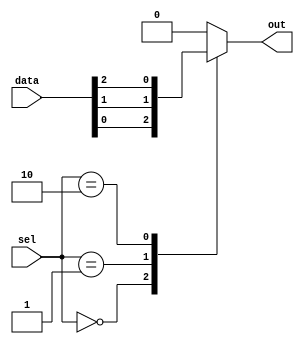
module mux_64to1 (
    input [63:0] data,
    input [5:0] sel,
    output reg out
);

always @(sel) begin
    case (sel)
        6'b000000: out = data[0];
        6'b000001: out = data[1];
        6'b000010: out = data[2];
        // Add cases for all 64 input signals
        default: out = 0; // Default case if select signal is not within range
    endcase
end

endmodule